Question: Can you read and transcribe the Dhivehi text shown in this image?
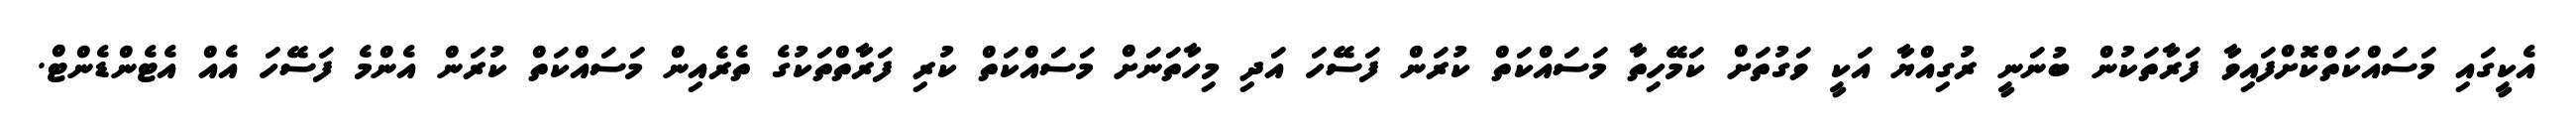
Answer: އެކީގައި މަސައްކަތްކޮށްފައިވާ ފަރާތަކުން ބުނަނީ ރުގިއްޔާ އަކީ ވަގުތަށް ކަމޭހިތާ މަސައްކަތް ކުރަން ފަސޭހަ އަދި މިހާތަނަށް މަސައްކަތް ކުރި ފަރާތްތަކުގެ ތެރެއިން މަސައްކަތް ކުރަން އެންމެ ފަސޭހަ އެއް އެޓެންޑެންޓް.